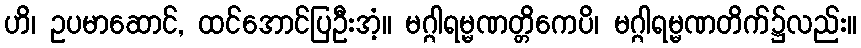
ဟိ၊ ဥပမာဆောင်, ထင်အောင်ပြဦးအံ့။ မဂ္ဂါရမ္မဏတ္တိကေပိ၊ မဂ္ဂါရမ္မဏတိက်၌လည်း။